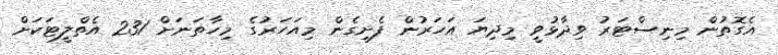
އެގޮތުން މިނިސްޓަރު ވިދާޅުވީ މިދިޔަ އަހަރުން ފެށިގެން މިއަހަރުގެ މިހާތަނަށް 231 އެތްލީޓަކަށް